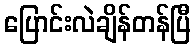
ပြောင်းလဲချိန်တန်ပြီ